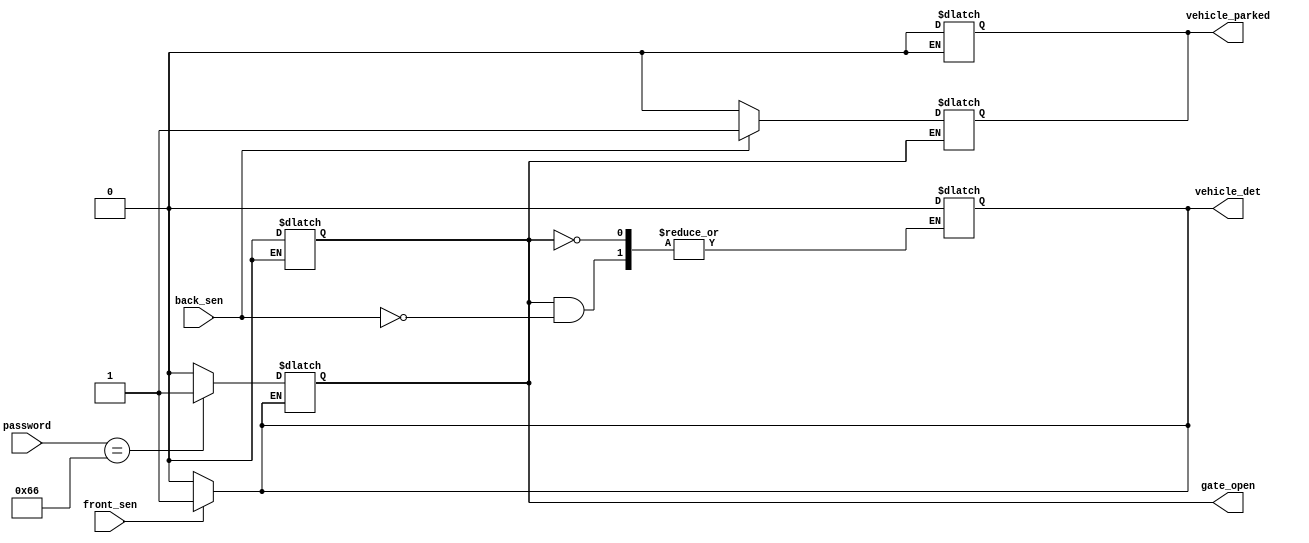
module assgn_1(front_sen,back_sen,password,gate_open,vehicle_det,vehicle_parked);
input front_sen,back_sen;
input [7:0]password;
reg done=0;
output  reg  gate_open,vehicle_det,vehicle_parked;


always @(*)
begin
if(front_sen==1 )begin
vehicle_det <= #1 1'b1;
done <= #1 1'b0;
end
else
vehicle_det <= #1 1'b0;
end

always @(*)
begin
if(vehicle_det==1)
if(password==8'b01100110)
gate_open <= #1 1'b1;
else
gate_open <= #1 1'b0;
end

always @(*)
begin
if(gate_open)
if(back_sen==1)begin
vehicle_parked <= #1 1'b1;
vehicle_det <= #1 1'b0;
done <= #20 1'b1;
end
else
vehicle_parked <= #1 1'b0;
end

always @(*)
begin
if(done)begin

gate_open <= #1 1'b0;
vehicle_parked <= #1 1'b0;
end
end
endmodule